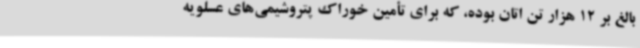
بالغ بر 12 هزار تن اتان بوده، که برای تأمین خوراک پتروشیمی‌های عسلویه